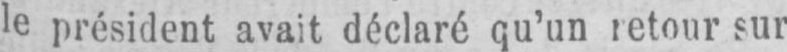
le président avait déclaré qu’un retour sur